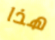
هذا